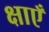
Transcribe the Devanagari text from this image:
क्षाएँ